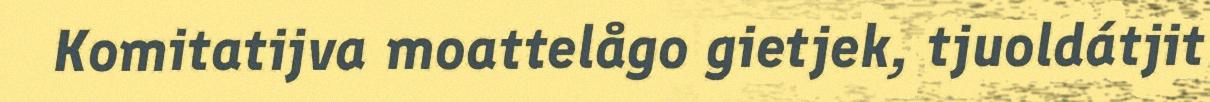
Komitatijva moattelågo gietjek, tjuoldátjit